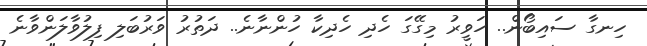
ހިނގާ ސައިބޯން.. ހަވީރު މިގޭގަ ހެދި ހެދިކާ ހުންނާނެ.. ދަތުރު ވަރުބަލި ފިލުވާލަންވާނެ